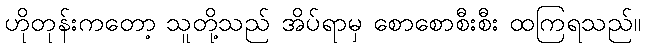
ဟိုတုန်းကတော့ သူတို့သည် အိပ်ရာမှ စောစောစီးစီး ထကြရသည်။